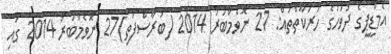
އެމްޑީޕީގެ ދުވަހުގެ ހަރަކާތްތައް: 27 ނޮވެމްބަރު 2014 (ބުރާސްފަތި)27 ނޮވެމްބަރު 2014 ގައި